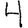
Digit: 4